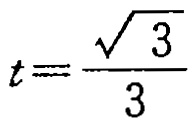
\(t=\frac{\sqrt{3}}{3}\)